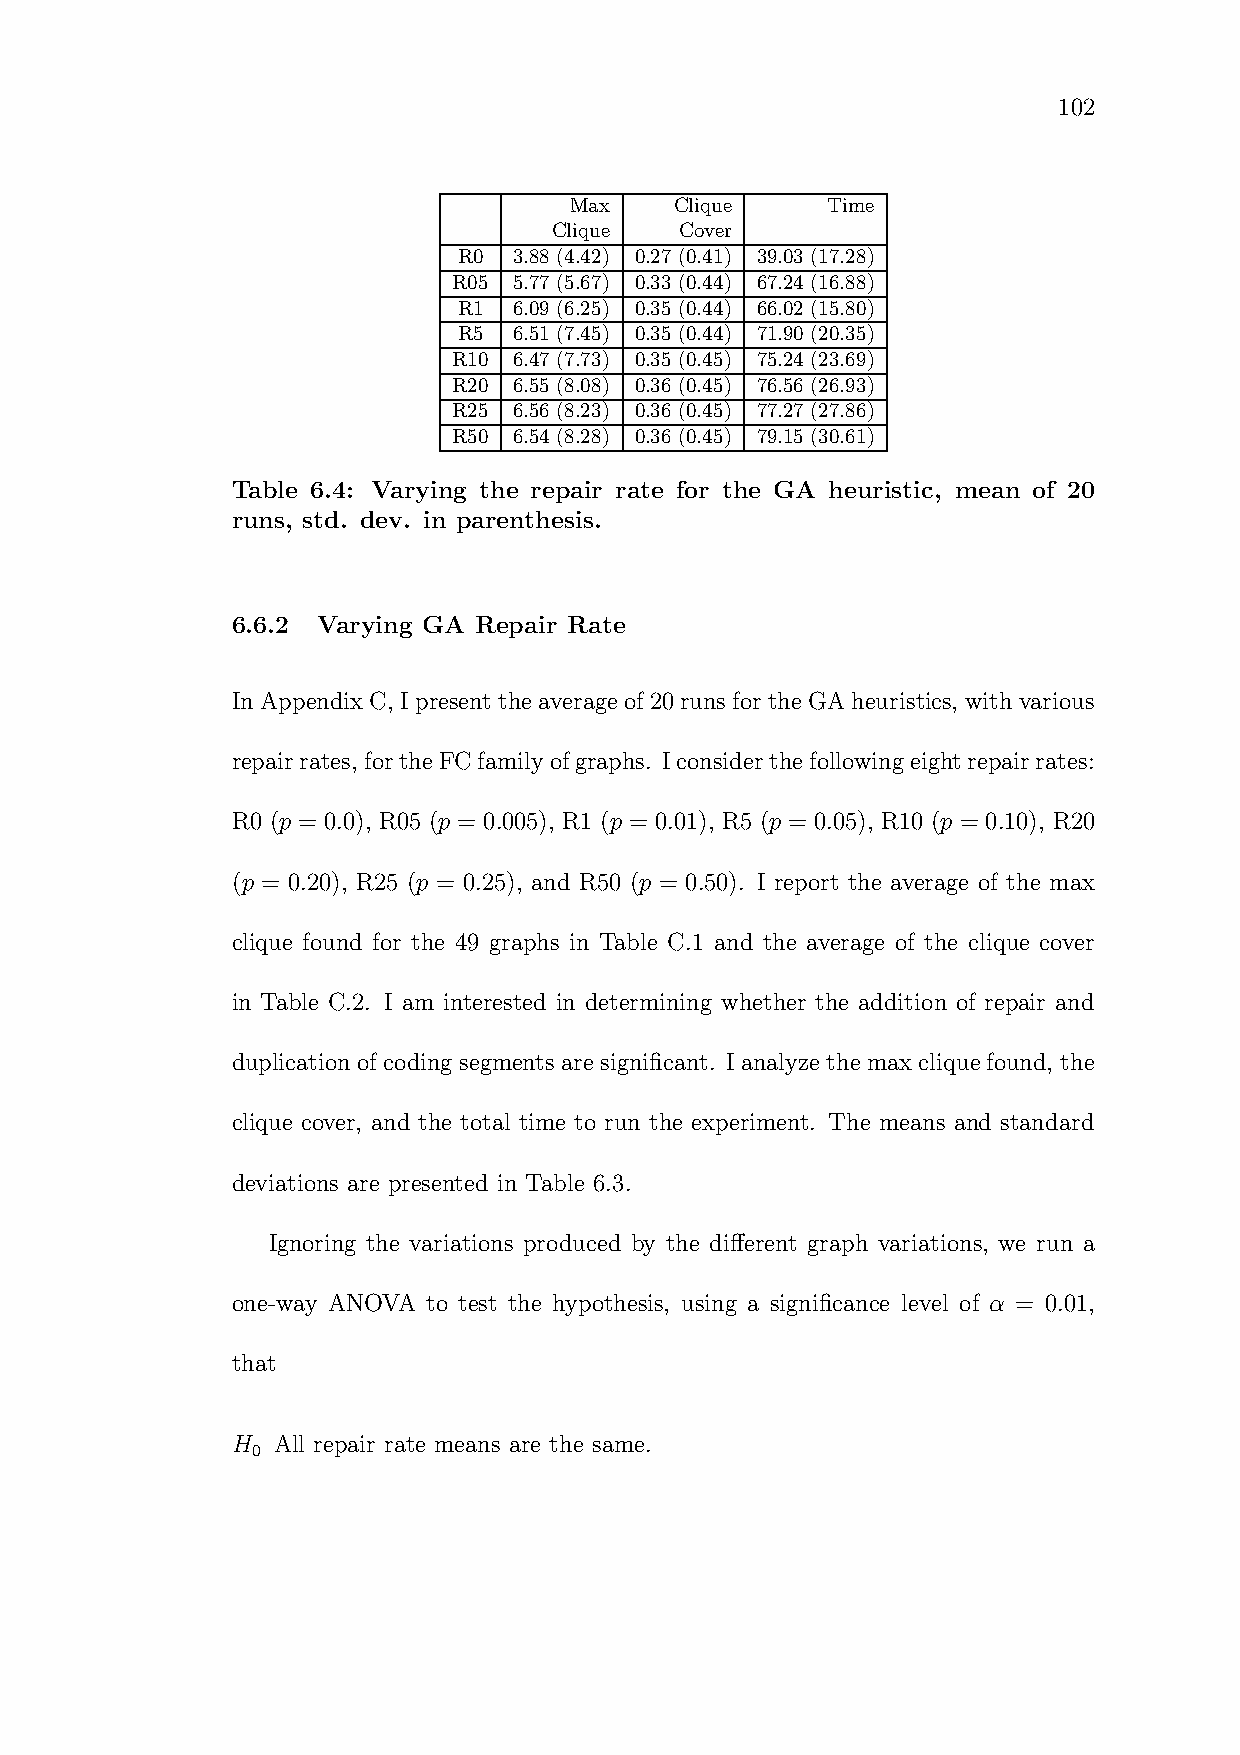
102
 Max    Clique    Time
 Clique  Cover
 R0  3.88 (4.42) 0.27 (0.41) 39.03 (17.28)
 R05 5.77 (5.67) 0.33 (0.44) 67.24 (16.88)
 R1  6.09 (6.25) 0.35 (0.44) 66.02 (15.80)
 R5  6.51 (7.45) 0.35 (0.44) 71.90 (20.35)
 R10 6.47 (7.73) 0.35 (0.45) 75.24 (23.69)
 R20 6.55 (8.08) 0.36 (0.45) 76.56 (26.93)
 R25 6.56 (8.23) 0.36 (0.45) 77.27 (27.86)
 R50 6.54 (8.28) 0.36 (0.45) 79.15 (30.61)
 Table 6.4: Varying the repair rate for the GA heuristic, mean of 20
 runs, std. dev. in parenthesis.
 6.6.2 Varying GA Repair Rate
 InAppendix C, Ipresent theaverageof20runs fortheGAheuristics, with various
 repairrates, fortheFCfamilyofgraphs. Iconsider thefollowingeightrepairrates:
 R0 (p = 0.0), R05 (p = 0.005), R1 (p = 0.01), R5 (p = 0.05), R10 (p = 0.10), R20
 (p = 0.20), R25 (p = 0.25), and R50 (p = 0.50). I report the average of the max
 clique found for the 49 graphs in Table C.1 and the average of the clique cover
 in Table C.2. I am interested in determining whether the addition of repair and
 duplication of coding segments are significant. I analyze the max clique found, the
 clique cover, and the total time to run the experiment. The means and standard
 deviations are presented in Table 6.3.
 Ignoring the variations produced by the different graph variations, we run a
 one-way ANOVA to test the hypothesis, using a significance level of α = 0.01,
 that
 H  All repair rate means are the same.
 0